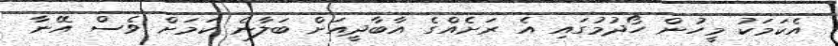
އެކަމަކު މީހުން ހޯދުމުގައި އެ ރަށެއްގެ އާބާދީއަށް ބަލާނެ ކަމަށް ވެސް އޭނާ